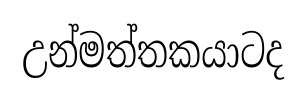
උන්මත්තකයාටද